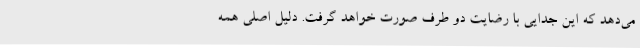
می‌دهد که این جدایی با رضایت دو طرف صورت خواهد گرفت. دلیل اصلی همه